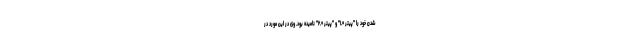
شدن خود را "پیتر ۱.۰" و "پیتر ۲.۰" نامیده بود. وی در این مورد در